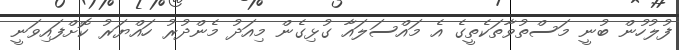
ފުލުހުން ބުނީ މަސްތުވާތަކެތީގެ އެ މައްސަލައާ ގުޅިގެން މިއަދު މެންދުރު ހައްޔަރު ކޮށްފައިވަނީ